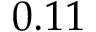
0 . 1 1